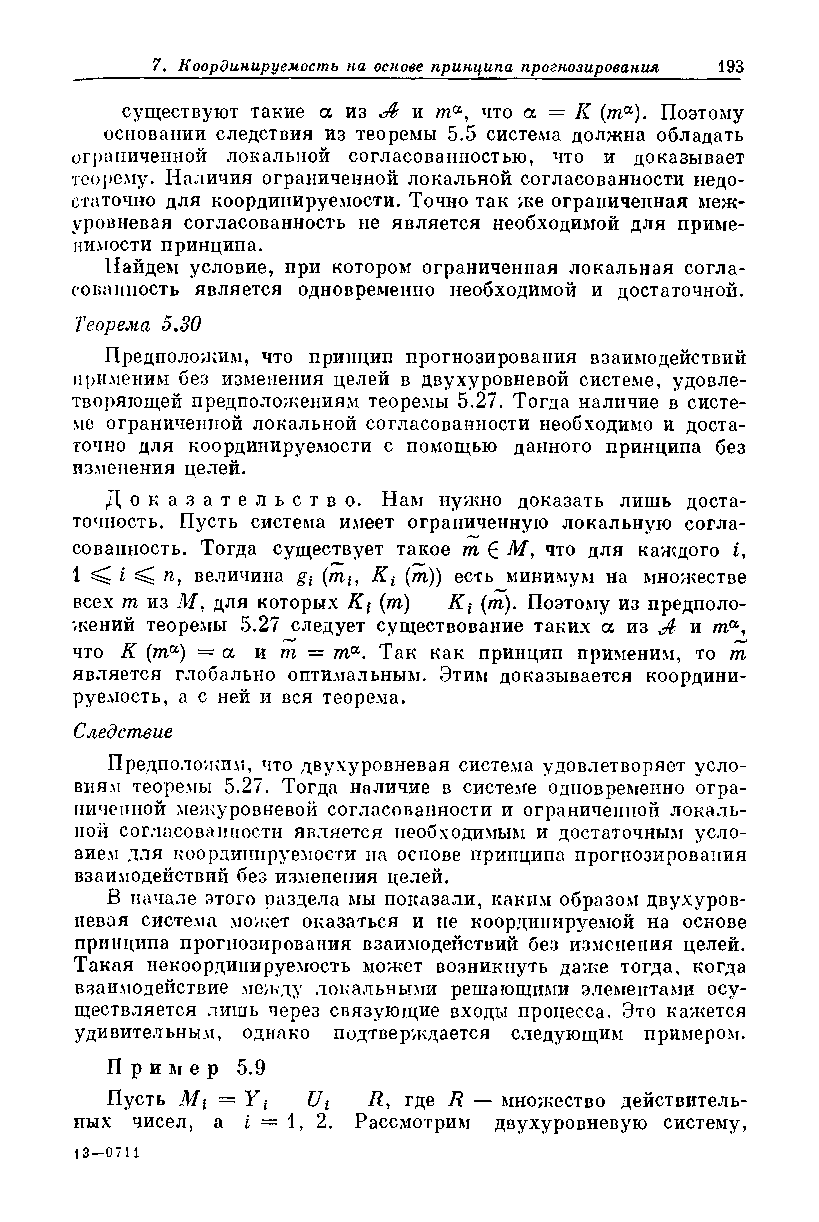
существуют такие а из Л и та, что а — К (та). Поэтому
 основании следствия из теоремы 5.5 система должна обладать
 ограниченной локальной согласованностью, что и доказывает
 теорему. Наличия ограниченной локальной согласованности недо­
 статочно для координируемое™. Точно так же ограниченная меж­
 уровневая согласованность не является необходимой для приме­
 нимости принципа.
 Найдем условие, при котором ограниченная локальная согла­
 сованность является одновременно необходимой и достаточной.
 Теорема 5.30
 Предположим, что принцип прогнозирования взаимодействий
 применим без изменения целей в двухуровневой системе, удовле­
 творяющей предположениям теоремы 5.27. Тогда наличие в систе­
 ме ограниченной локальной согласованности необходимо и доста­
 точно для координируемое™ с помощью данного принципа без
 изменения целей.
 Д о к а з а т е л ь с т в о . Нам нужно доказать лишь доста­
 точность. Пусть система имеет ограниченную локальную согла­
 сованность. Тогда существует такое т £ М, что для каждого i,
 1 ^ ^ д, величина gt (m*, Kt (m)) есть минимум на множестве
 всех т из М, для которых Kt (т) Кг (т). Поэтому из предполо­
 жений теоремы 5.27 следует существование таких а из Д и та,
 что К (та) = а и т — та. Так как принцип применим, то т
 является глобально оптимальным. Этим доказывается координи­
 руемое™, а с ней и вся теорема.
 Следствие
 Предположим, что двухуровневая система удовлетворяет усло­
 виям теоремы 5.27. Тогда наличие в системе одновременно огра­
 ниченной межуровневой согласованности и ограниченной локаль­
 ной согласованности является необходимым и достаточным усло­
 вием для координируемое™ на основе принципа прогнозирования
 взаимодействий без изменения целей.
 В начале этого раздела мы показали, каким образом двухуров­
 невая система может оказаться и не координируемой на основе
 принципа прогнозирования взаимодействий без изменения целей.
 Такая некоордииируемость может возникнуть даже тогда, когда
 взаимодействие между локальными решающими элементами осу­
 ществляется лишь через связующие входы процесса. Это кажется
 удивительным, однако подтверждается следующим примером.
 Пр и м е р 5.9
 Пусть Mi = Y t Ut R , где R — множество действитель­
 ных чисел, a i — 1,2. Рассмотрим двухуровневую систему,
 13-0711